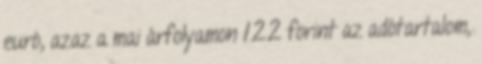
euró, azaz a mai árfolyamon 122 forint az adótartalom,